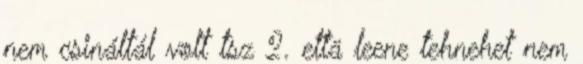
nem csináltál volt tsz 2. että leene tehnehet nem